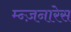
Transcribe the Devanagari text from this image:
म्न्ज़नारेस